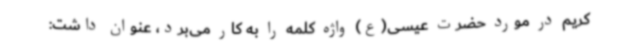
کریم در مورد حضرت عیسی(ع) واژه کلمه را به کار می‌برد، عنوان داشت: